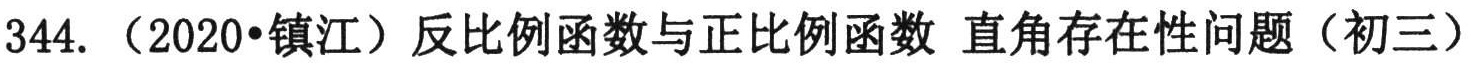
344.（2020•镇江）反比例函数与正比例函数 直角存在性问题（初三）